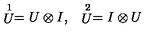
\begin{array} { c c } { \stackrel { 1 } { U } = U \otimes I , } & { \stackrel { 2 } { U } = I \otimes U } \\ \end{array}